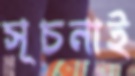
সূচনাই